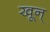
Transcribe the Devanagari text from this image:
खून्